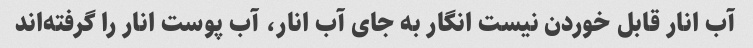
آب انار قابل خوردن نیست انگار به جای آب انار، آب پوست انار را گرفته‌اند